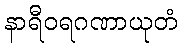
နာရီဝရဂဏာယုတံ